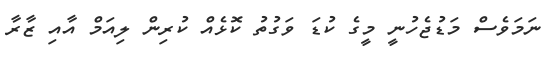
ނަމަވެސް މަޑުޖެހުނީ މީގެ ކުޑަ ވަގުތު ކޮޅެއް ކުރިން ލިއަމް އާއި ޒާރާ